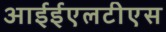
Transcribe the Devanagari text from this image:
आईईएलटीएस